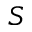
S